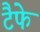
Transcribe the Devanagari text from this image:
टैफे